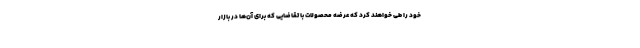
خود را طی خواهند کرد که عرضه محصولات با تقاضایی که برای آن‌ها در بازار